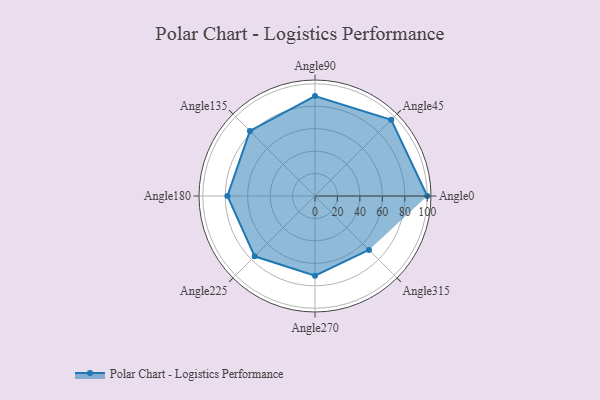
{"axis": {"x": "Angle", "y": "Radius"}, "legend": [""], "data": [{"x": "Angle0", "y": 100.0, "type": ""}, {"x": "Angle45", "y": 96.0, "type": ""}, {"x": "Angle90", "y": 89.0, "type": ""}, {"x": "Angle135", "y": 82.0, "type": ""}, {"x": "Angle180", "y": 78.0, "type": ""}, {"x": "Angle225", "y": 76.0, "type": ""}, {"x": "Angle270", "y": 71.0, "type": ""}, {"x": "Angle315", "y": 68.0, "type": ""}]}